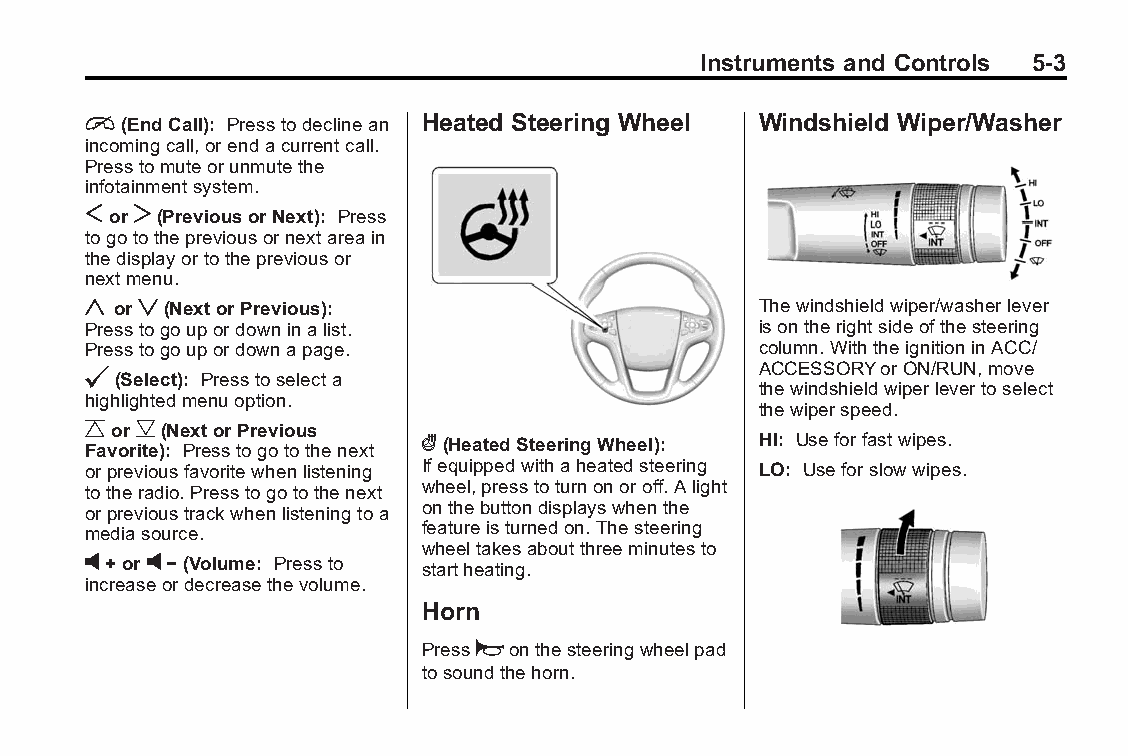
Buick LaCrosse Owner Manual (GMNA-Localizing-U.S./Canada/Mexico- Blackplate(3,1)
 6043609)-2014-2ndEdition-10/17/13
 Instruments and Controls 5-3
 i(EndCall): Presstodeclinean Heated Steering Wheel Windshield Wiper/Washer
 incomingcall,orendacurrentcall.
 Presstomuteorunmutethe
 infotainmentsystem.
 SorT(PreviousorNext): Press
 togotothepreviousornextareain
 thedisplayortothepreviousor
 nextmenu.
 yorz(NextorPrevious):                        Thewindshieldwiper/washerlever
 Presstogoupordowninalist.                    isontherightsideofthesteering
 Presstogoupordownapage.                      column.WiththeignitioninACC/
 ACCESSORYorON/RUN,move
 @(Select): Presstoselecta
 thewindshieldwiperlevertoselect
 highlightedmenuoption.
 thewiperspeed.
 CorB(NextorPrevious
 Favorite): Presstogotothenext
 ((HeatedSteeringWheel): HI: Useforfastwipes.
 orpreviousfavoritewhenlistening Ifequippedwithaheatedsteering LO: Useforslowwipes.
 totheradio.Presstogotothenext wheel,presstoturnonoroff.Alight
 orprevioustrackwhenlisteningtoa onthebuttondisplayswhenthe
 mediasource.           featureisturnedon.Thesteering
 wheeltakesaboutthreeminutesto
 v+orv−(Volume: Pressto startheating.
 increaseordecreasethevolume.
 Horn
 Pressaonthesteeringwheelpad
 tosoundthehorn.